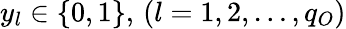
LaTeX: y_{l}\in\{ 0,1\} ,\, (l=1,2,\dots,q_{O})